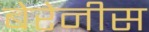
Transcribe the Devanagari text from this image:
बेरेनीस